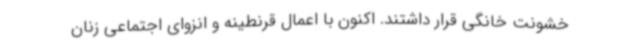
خشونت خانگی قرار داشتند. اکنون با اعمال قرنطینه و انزوای اجتماعی زنان